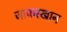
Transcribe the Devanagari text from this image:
जाफरखान